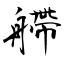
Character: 艜